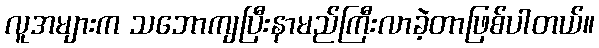
လူအများက သဘောကျပြီးနာမည်ကြီးလာခဲ့တာဖြစ်ပါတယ်။